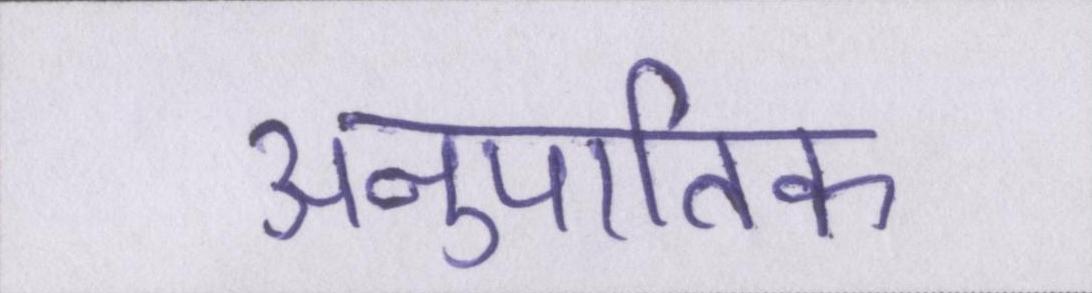
अनुपातिक